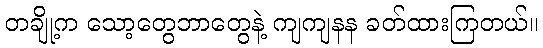
တချို့က သော့တွေဘာတွေနဲ့ ကျကျနန ခတ်ထားကြတယ်။